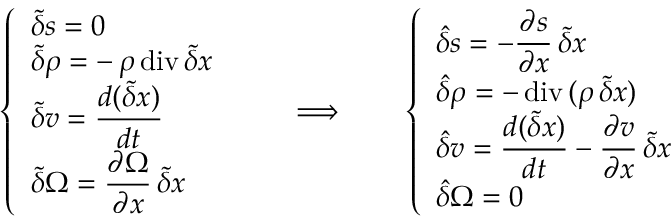
\left\{ \begin{array} { l } { \displaystyle \tilde { \delta } s = 0 } \\ { \displaystyle \tilde { \delta } \rho = - \, \rho \, \mathrm { d i v } \, \tilde { \delta } \boldsymbol { x } } \\ { \displaystyle \tilde { \delta } { \boldsymbol v } = \frac { d ( \tilde { \delta } \boldsymbol { x } ) } { d t } } \\ { \displaystyle \tilde { \delta } \Omega = \frac { \partial \Omega } { \partial \boldsymbol { x } } \, \tilde { \delta } \boldsymbol { x } } \end{array} \right. \qquad \Longrightarrow \qquad \left\{ \begin{array} { l } { \displaystyle \hat { \delta } s = - \frac { \partial s } { \partial \boldsymbol { x } } \, \tilde { \delta } \boldsymbol { x } } \\ { \displaystyle \hat { \delta } \rho = - \, \mathrm { d i v } \, ( \rho \, \tilde { \delta } \boldsymbol { x } ) } \\ { \displaystyle \hat { \delta } { \boldsymbol v } = \frac { d ( \tilde { \delta } \boldsymbol { x } ) } { d t } - \frac { \partial { \boldsymbol v } } { \partial \boldsymbol { x } } \, \tilde { \delta } \boldsymbol { x } } \\ { \displaystyle \hat { \delta } \Omega = 0 } \end{array} \right.